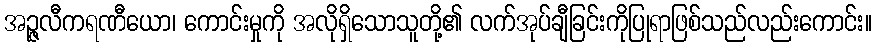
အဉ္ဇလီကရဏီယော၊ ကောင်းမှုကို အလိုရှိသောသူတို့၏ လက်အုပ်ချီခြင်းကိုပြုရာဖြစ်သည်လည်းကောင်း။